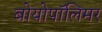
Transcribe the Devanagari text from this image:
बोयोपॉलिमर